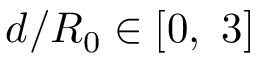
d / R _ { 0 } \in [ 0 , \ 3 ]